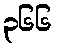
၃၆၆